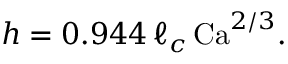
h = 0 . 9 4 4 \, \ell _ { c } \, \mathrm { C a } ^ { 2 / 3 } .